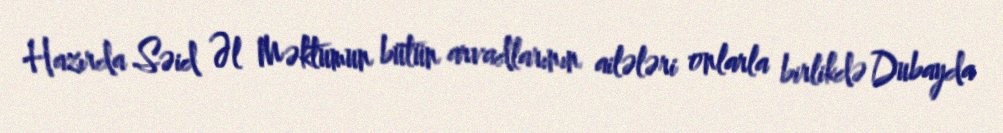
Hazırda Səid Əl Məktumun bütün arvadlarının ailələri onlarla birlikdə Dubayda